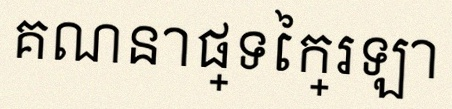
គណនាផ្ទៃក្រឡា